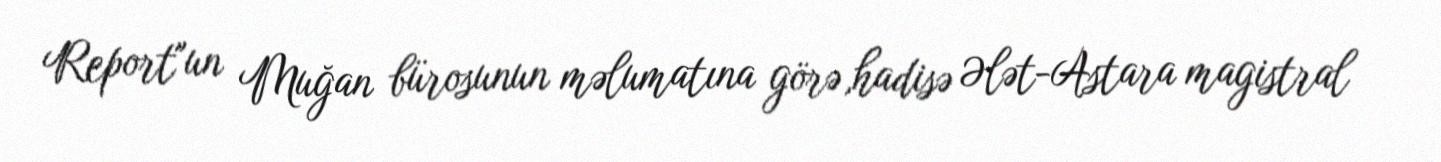
Report"un Muğan bürosunun məlumatına görə,hadisə Ələt-Astara magistral